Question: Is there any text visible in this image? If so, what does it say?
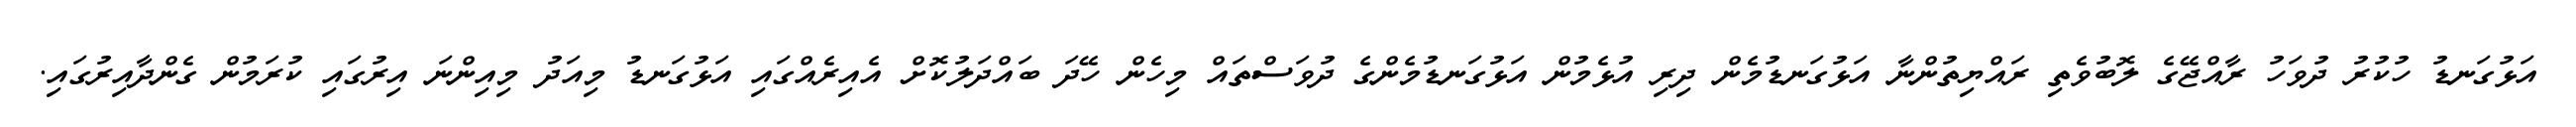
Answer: އަޅުގަނޑު ހުކުރު ދުވަހު ރާއްޖޭގެ ލޮބުވެތި ރައްޔިތުންނާ އަޅުގަނޑުމެން ދިރި އުޅެމުން އަޅުގަނޑުމެންގެ ދުވަސްތައް މިހެން ހޭދަ ބައްދަލުކޮށް އެއިރެއްގައި އަޅުގަނޑު މިއަދު މިއިންނަ އިރުގައި ކުރަމުން ގެންދާއިރުގައި.